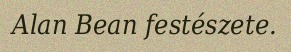
Alan Bean festészete.